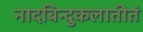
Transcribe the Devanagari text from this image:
नादबिन्दुकलातीतं